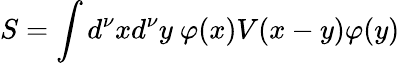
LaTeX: S=\int d^{\nu}xd^{\nu}y~\varphi(x)V(x-y)\varphi(y)